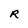
Character: R